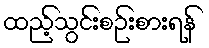
ထည့်သွင်းစဉ်းစားရန်